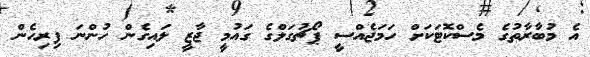
އެ މުބާރާތުގެ މެސްކޮޓަކަށް ހަމަޖެއްސީ ޕޯޗުގަލްގެ ގައުމީ ޖާޒީ ލައިގެން ހުންނަ ފިރިހެން